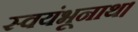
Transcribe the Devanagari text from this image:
स्वयंभूनाथ।